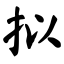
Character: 拟